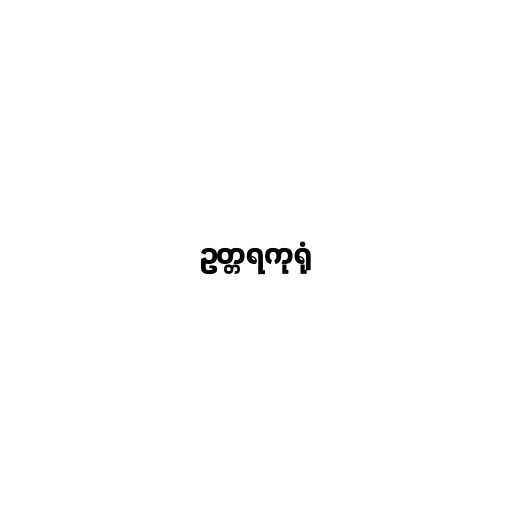
ဥတ္တရကုရုံ